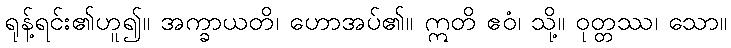
ရုန့်ရင်း၏ဟူ၍။ အက္ခာယတိ၊ ဟောအပ်၏။ ဣတိ ဧဝံ၊ သို့။ ဝုတ္တဿ၊ သော။